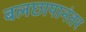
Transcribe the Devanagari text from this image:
बलछापानंतर